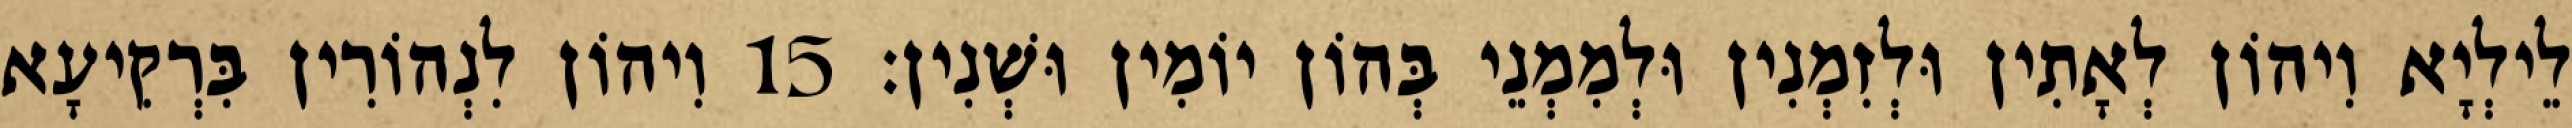
לֵילְיָא וִיהוֹן לְאָתִין וּלְזִמְנִין וּלְמִמְנֵי בְּהוֹן יוֹמִין וּשְׁנִין׃ 15 וִיהוֹן לִנְהוֹרִין בִּרְקִיעָא